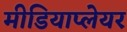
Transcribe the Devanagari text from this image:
मीडियाप्लेयर